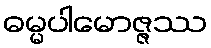
ဓမ္မပါမောဇ္ဇဿ